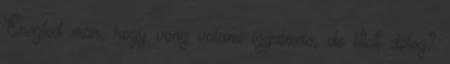
Érezted már, hogy vonz valami izgalmas, de tiltott dolog?